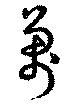
萬